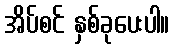
အိပ်စင် နှစ်ခုပေးပါ။